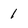
Character: 1